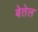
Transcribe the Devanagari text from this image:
बेतेल